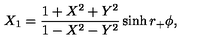
X _ { 1 } = { \frac { 1 + X ^ { 2 } + Y ^ { 2 } } { 1 - X ^ { 2 } - Y ^ { 2 } } } \sinh r _ { + } \phi ,